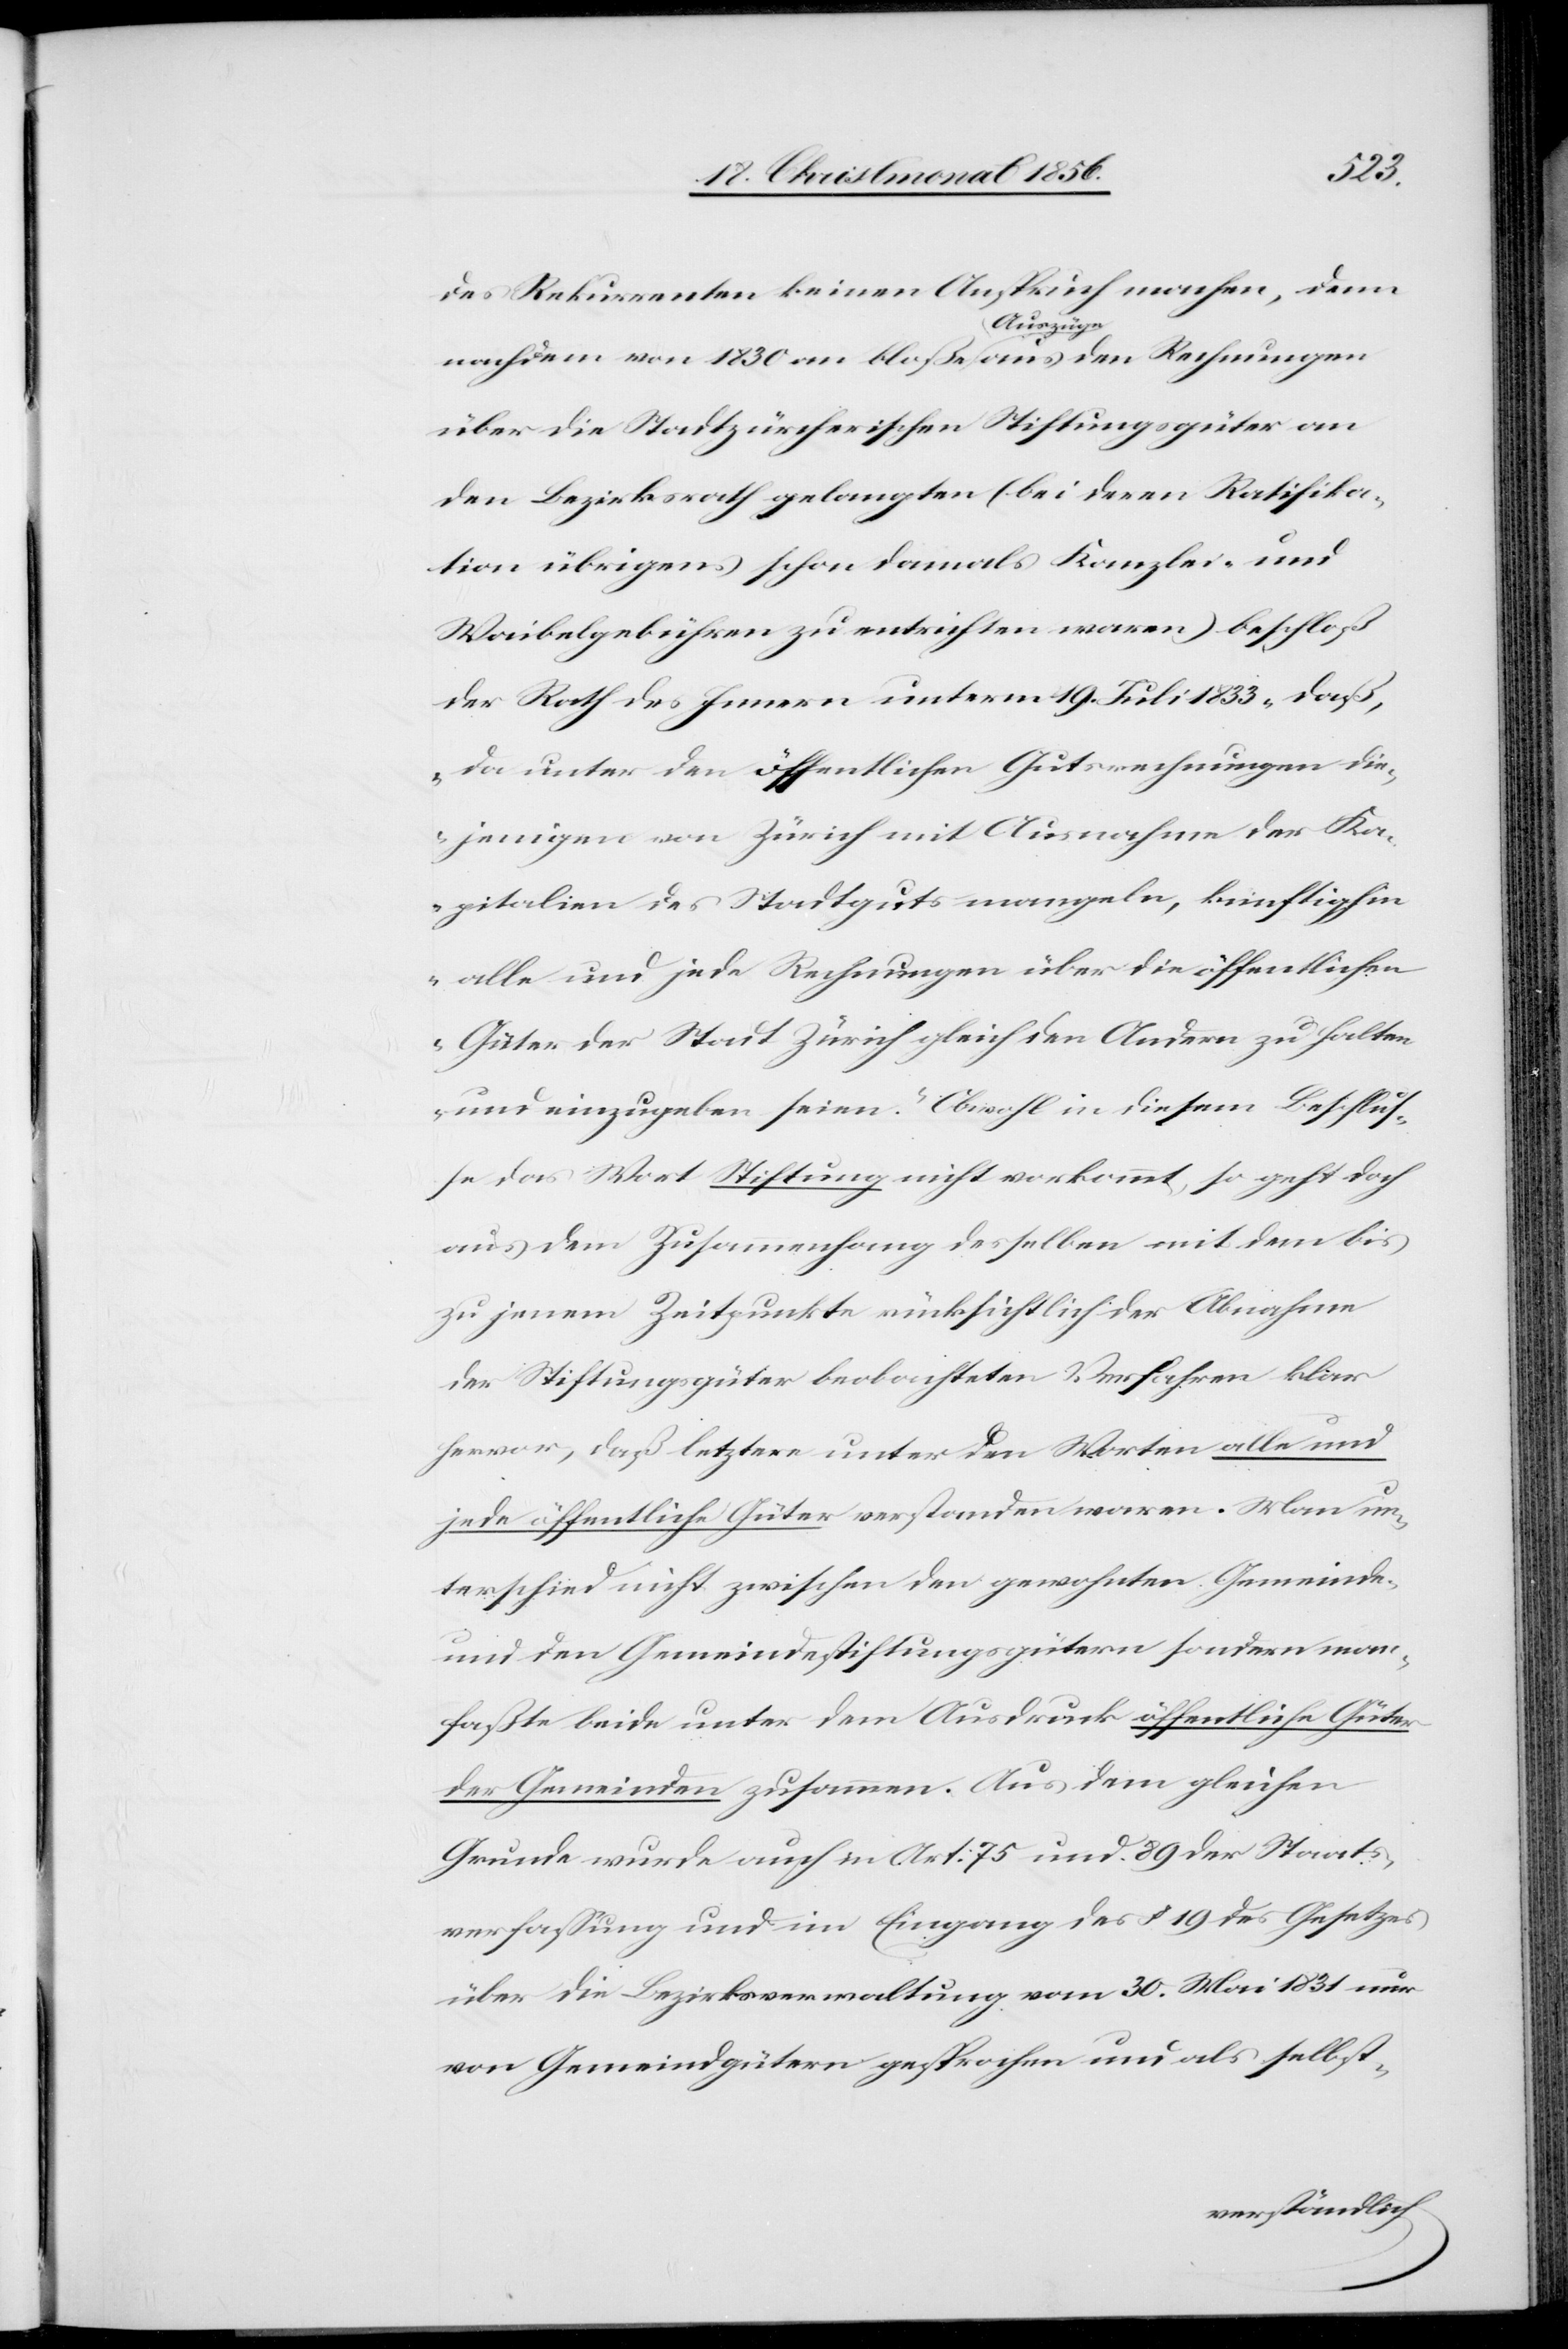
faßte
des Rekurrenten keinen Anspruch machen, denn
nachdem von 1830 an bloße a-Auszüge-a aus den Rechnungen
über die Stadtzürcherischen Stiftungsgüter an
den Bezirksrath gelangten (bei deren Ratifika¬
tion übrigens schon damals Kanzlei- und
Waibelgebühren zu entrichten waren) beschloß
der Rath des Innern unterm 19. Juli 1833 „daß,
da unter den öffentlichen Gutsrechnungen die¬
jenigen von Zürich mit Ausnahme der Ka¬
pitalien des Stadtguts mangeln, künftighin
alle und jede Rechnungen über die öffentlichen
Güter der Stadt Zürich gleich den Andern zu halten
und einzugeben seien.“ Obwohl in diesem Beschlus¬
se das Wort Stiftung nicht vorkommt, so geht doch
aus dem Zusammenhang desselben mit dem bis
zu jenem Zeitpunkte rücksichtlich der Abnahme
der Stiftungsgüter beobachteten Verfahren klar
hervor, daß letztere unter den Worten alle und
jede öffentliche Güter verstanden waren. Man un¬
terschied nicht zwischen den gewohnten Gemeinde-
und den Gemeindestiftungsgütern sondern man¬
[sic!] beide unter dem Ausdruck öffentliche Güter
der Gemeinden zusammen. Aus dem gleichen
Grunde wurde auch in Art: 75 und 89 der Staats¬
verfassung und im Eingang des § 19 des Gesetzes
über die Bezirksverwaltung vom 30. Mai 1831 nur
von Gemeindgütern gesprochen und als selbst-